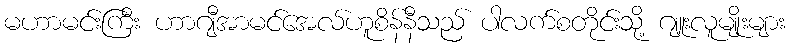
မဟာမင်းကြီး ဟာဂျီအာမင်အေလ်ဟူစိန်နီသည် ပါလက်စတိုင်းသို့ ဂျူးလူမျိုးများ